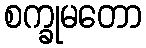
စက္ခုမတော